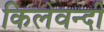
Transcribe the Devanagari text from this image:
किलेवन्दी